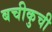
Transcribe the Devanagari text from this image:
बचीकुची